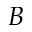
B